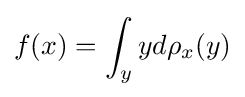
f(x)=\int _{y}yd\rho _{x}(y)